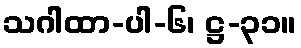
သဂါထာ-ပါ-၆၊ ဋ္ဌ-၃၁။